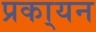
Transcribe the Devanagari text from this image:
प्रका्यन